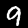
Label: 9